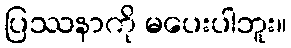
ပြဿနာကို မပေးပါဘူး။